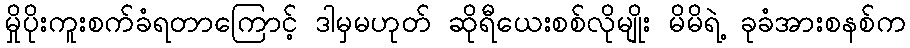
မှိုပိုးကူးစက်ခံရတာကြောင့် ဒါမှမဟုတ် ဆိုရီယေးစစ်လိုမျိုး မိမိရဲ့ ခုခံအားစနစ်က